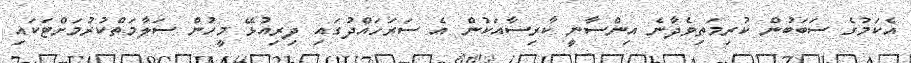
އެކަމުގެ ސަބަބުން ކުރިމަތިވެދާނެ އިންސާނީ ކާރިސާއަކުން އެ ސަރަހައްދުގައި ދިރިއުޅޭ މީހުން ސަލާމަތްކުރުމަށްޓަކައި